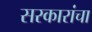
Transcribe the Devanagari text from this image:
सरकारांचा